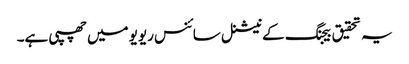
یہ تحقیق بیجنگ کے نیشنل سائنس ریویو میں چھپی ہے۔